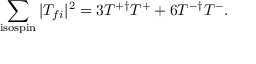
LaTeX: \sum _ { \mathrm { i s o s p i n } } | T _ { f i } | ^ { 2 } = 3 T ^ { + \dag } T ^ { + } + 6 T ^ { - \dag } T ^ { - } .